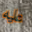
عليه